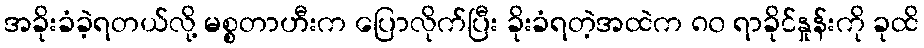
အခိုးခံခဲ့ရတယ်လို့ မစ္စတာဟီးက ပြောလိုက်ပြီး ခိုးခံရတဲ့အထဲက ၈၀ ရာခိုင်နှုန်းကို ခုထိ